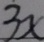
3 x